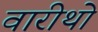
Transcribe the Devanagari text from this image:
वारीथो